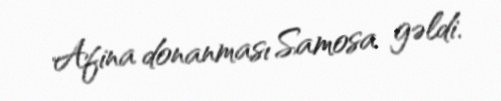
Afina donanması Samosa gəldi.